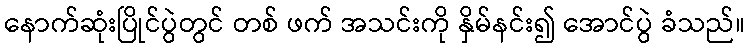
နောက်ဆုံးပြိုင်ပွဲတွင် တစ် ဖက် အသင်းကို နှိမ်နင်း၍ အောင်ပွဲ ခံသည်။